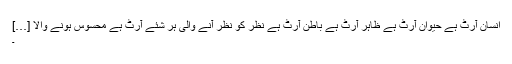
انسان آرٹ ہے حیوان آرٹ ہے ظاہر آرٹ ہے باطن آرٹ ہے نظر کو نظر آنے والی ہر شئے آرٹ ہے محسوس ہونے والا […]
۔